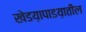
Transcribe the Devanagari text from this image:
खेडय़ापाडय़ातील